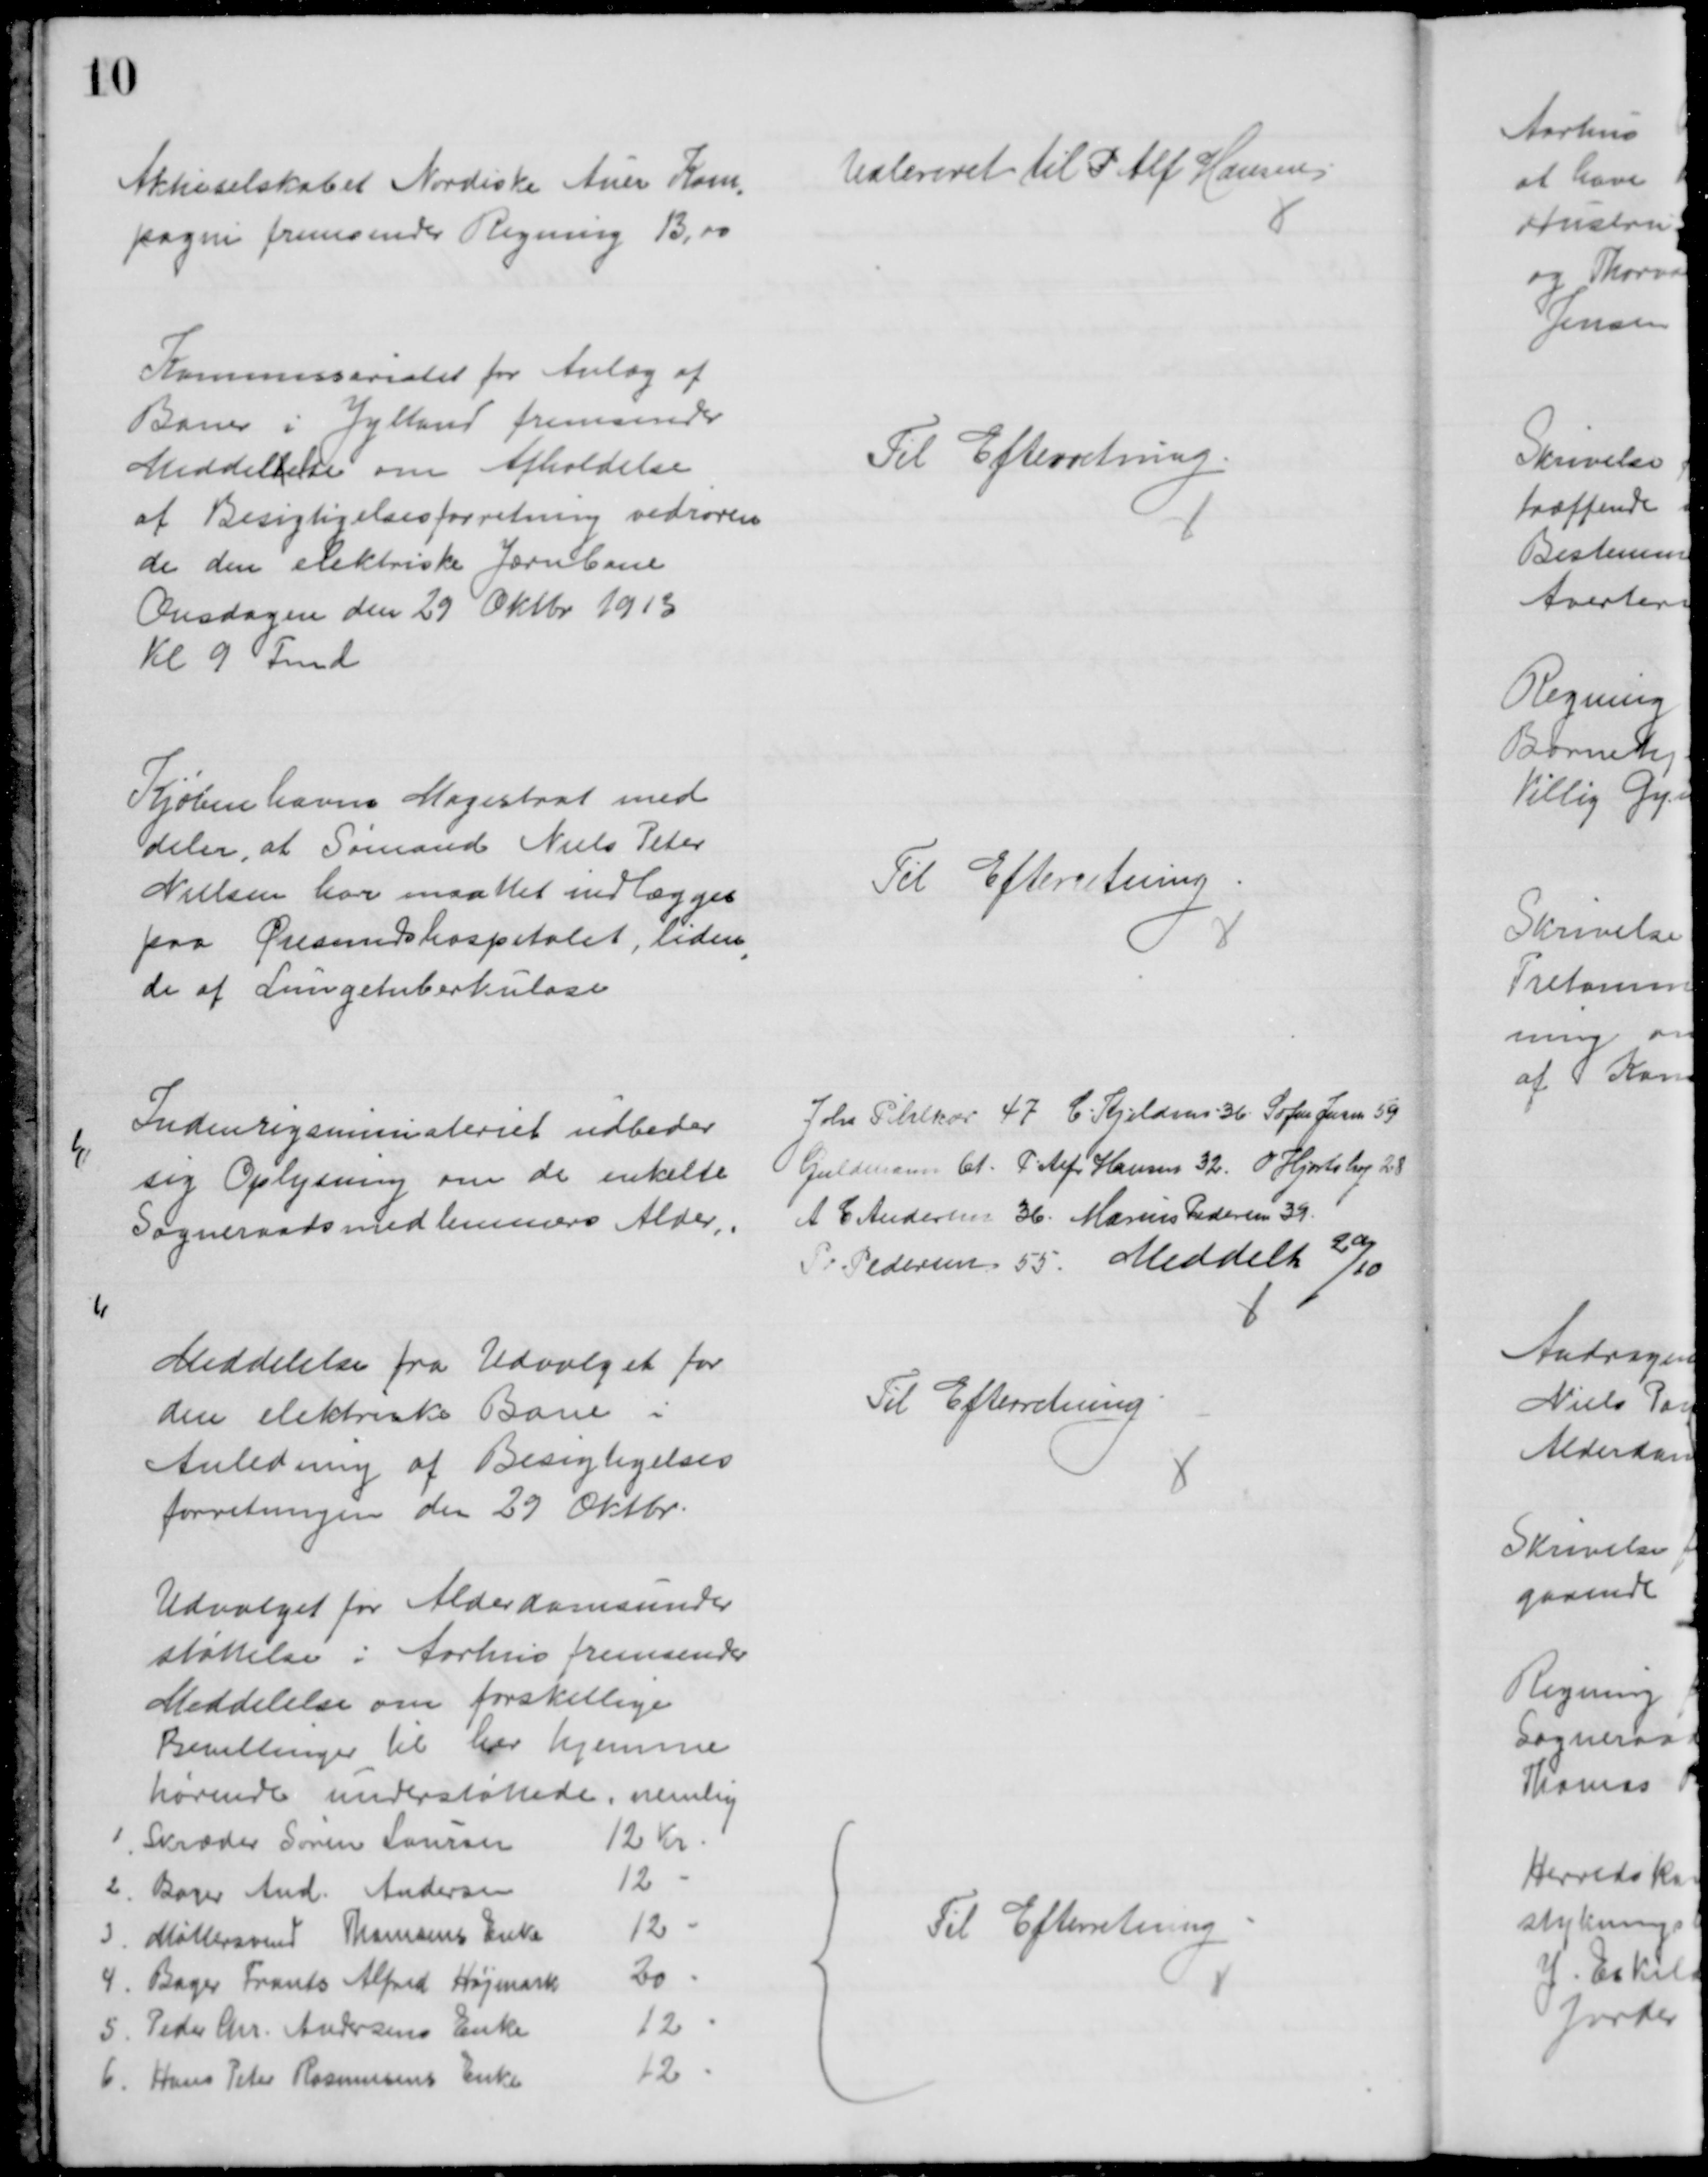
Transskription:
Aktieselskabet Nordiske Auer Kom
=
pagni fremsender Regning 13,00
Udleveret til P. Alf Hansen
Kommissariatet for Anlæg af
Baner i Jylland fremsender
Meddellelse om Afholdelse
af Besigtigelsesforretning vedrøren
de den elektriske Jærnbane
Onsdagen den 29 Oktbr 1913
Kl 9 Fmd
Til Efterretning
Kjøbenhavns Magistrat med
deler, at Sømand Niels Peter
Nielsen har maattet indlægges
paa Øresundshospitalet, liden
=
de af Lungetuberkulose
Til Efterretning
Indenrigsministeriet udbeder
sig Oplysning om de enkelte
Sogneraadsmedlemmers Alder
Johs. Pihlkær 47 C. Kjeldsen 36. Sofus Jensen 59
Guldmann 61. P. Alfr Hansen 32. O Hjortshøj 28
A C. Andersen 36. Marius Pedersen 39
P Pedersen 55 Meddelt 20/10
Meddelelse fra Udvalget for
den elektriske Bane i
Anledning af Besigtigelses
forretningen den 29 Oktbr
Til Efterretning
Udvalget for Alderdomsunder
støttelse i Aarhus fremsender
Meddelelse om forskellige
Bevillinger til her hjemme
hørende understøttede, nemlig
1. Skræder Søren Laursen
12 Kr
2. Bager And. Andersen
12
3. Møllersvend Thomsens Enke
12
4. Bager Frants Alfred Højmark
20
5. Peder Chr. Andersens Enke
12
6. Hans Peter Rasmussens Enke
12
Til Efterretning